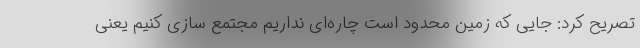
تصریح کرد: جایی که زمین محدود است چاره‌ای نداریم مجتمع سازی کنیم یعنی